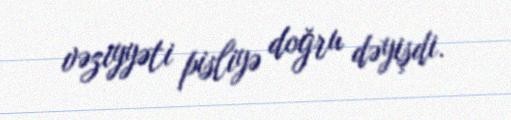
vəziyyəti pisliyə doğru dəyişdi.